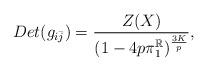
LaTeX: \begin{align*}Det(g_{i \bar{j}})=\frac{Z(X)}{(1-4p\pi_1^\mathbb{R})^{\frac{3K}{p}}},\end{align*}